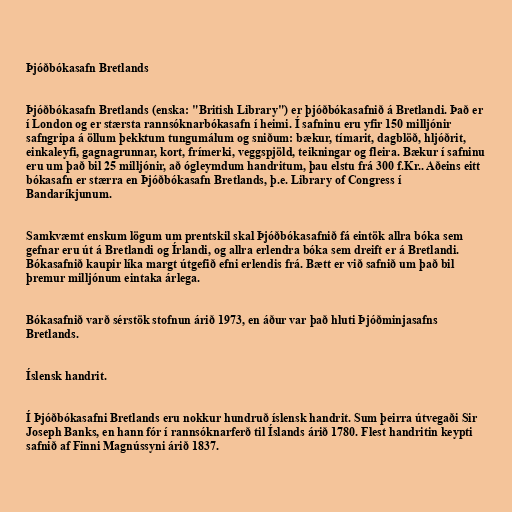
Þjóðbókasafn Bretlands

Þjóðbókasafn Bretlands (enska: "British Library") er þjóðbókasafnið á Bretlandi. Það er
í London og er stærsta rannsóknarbókasafn í heimi. Í safninu eru yfir 150 milljónir
safngripa á öllum þekktum tungumálum og sniðum: bækur, tímarit, dagblöð, hljóðrit,
einkaleyfi, gagnagrunnar, kort, frímerki, veggspjöld, teikningar og fleira. Bækur í safninu
eru um það bil 25 milljónir, að ógleymdum handritum, þau elstu frá 300 f.Kr.. Aðeins eitt
bókasafn er stærra en Þjóðbókasafn Bretlands, þ.e. Library of Congress í
Bandaríkjunum.

Samkvæmt enskum lögum um prentskil skal Þjóðbókasafnið fá eintök allra bóka sem
gefnar eru út á Bretlandi og Írlandi, og allra erlendra bóka sem dreift er á Bretlandi.
Bókasafnið kaupir líka margt útgefið efni erlendis frá. Bætt er við safnið um það bil
þremur milljónum eintaka árlega.

Bókasafnið varð sérstök stofnun árið 1973, en áður var það hluti Þjóðminjasafns
Bretlands.

Íslensk handrit.

Í Þjóðbókasafni Bretlands eru nokkur hundruð íslensk handrit. Sum þeirra útvegaði Sir
Joseph Banks, en hann fór í rannsóknarferð til Íslands árið 1780. Flest handritin keypti
safnið af Finni Magnússyni árið 1837.